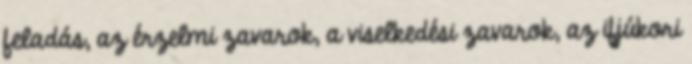
feladás, az érzelmi zavarok, a viselkedési zavarok, az ifjúkori